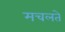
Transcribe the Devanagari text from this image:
मचलते